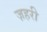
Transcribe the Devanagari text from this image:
ज़हरी